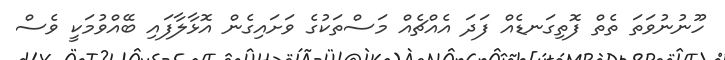
ހޫނުނުވަތަ ތެތް ފޮތިގަނޑެއް ފަދަ އެއްޗެއް މަސްތަކުގެ ވަށައިގެން އޮޅާލާފައި ބޭއްވުމަކީ ވެސް